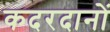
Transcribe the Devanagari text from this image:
कदरदानों